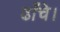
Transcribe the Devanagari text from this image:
ढाँचे।